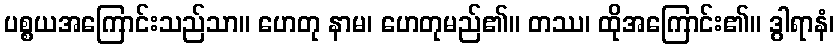
ပစ္စယအကြောင်းသည်သာ။ ဟေတု နာမ၊ ဟေတုမည်၏။ တဿ၊ ထိုအကြောင်း၏။ ဒွါရာနံ၊